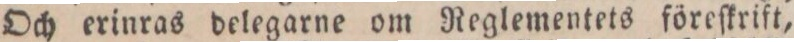
Och erinras delegarne om Reglementets föreſkrift,